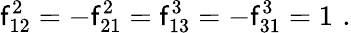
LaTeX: \mathsf{f}_{12}^{2}=-\mathsf{f}_{21}^{2}=\mathsf{f}_{13}^{3}=-\mathsf{f}_{31}^{3}=1\, \, .